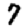
Digit: 7